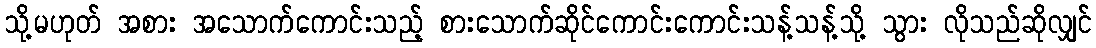
သို့မဟုတ် အစား အသောက်ကောင်းသည့် စားသောက်ဆိုင်ကောင်းကောင်းသန့်သန့်သို့ သွား လိုသည်ဆိုလျှင်